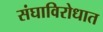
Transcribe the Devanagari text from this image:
संघाविरोधात